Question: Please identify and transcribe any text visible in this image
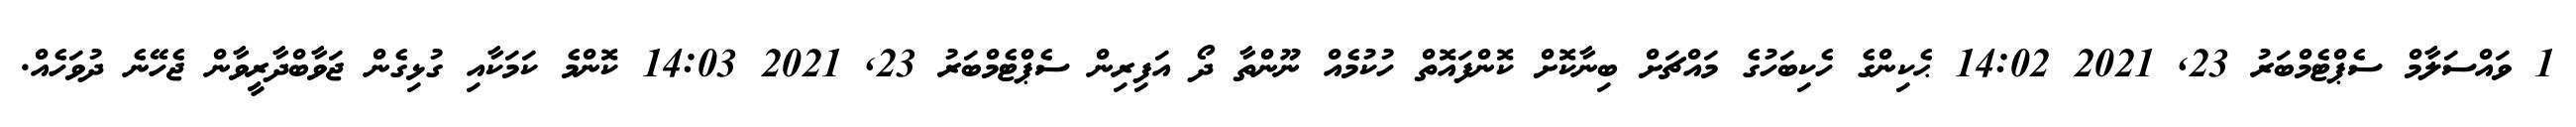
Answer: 1 ވައްސަލާމް ސެޕްޓެމްބަރު 23, 2021 14:02 ޙެކިންގެ ހެކިބަހުގެ މައްޗަށް ބިނާކޮށް ކޮންފައޮތް ހުކުމެއް ނޫންތާ ދޯ އަފިރިން ސެޕްޓެމްބަރު 23, 2021 14:03 ކޮންމެ ކަމަކާއި ގުޅިގެން ޖަވާބްދާރީވާން ޖެހޭނެ ދުވަހެއް.